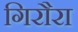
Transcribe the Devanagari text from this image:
गिरौरा